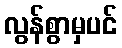
လွန်စွာမှပင်